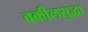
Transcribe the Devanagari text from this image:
वकीलसुद्धा